Veterinary regulations India, 1925 -
Year: 1925
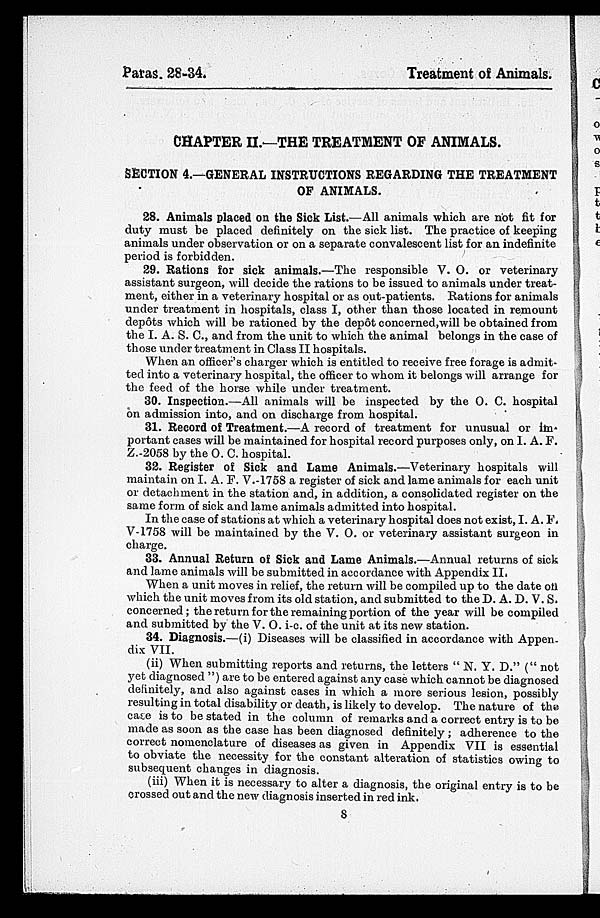
Paras.
28-34.
Treatment of Animals.
CHAPTER II.—THE TREATMENT OF ANIMALS.
SECTION 4.—GENERAL INSTRUCTIONS REGARDING THE TREATMENT
OF ANIMALS.
28. Animals placed on the Sick List.—All animals which are not fit for
duty must be placed definitely on the sick list. The practice of keeping
animals under observation or on a separate convalescent list for an indefinite
period is forbidden.
29. Rations for sick animals.—The responsible V. O. or veterinary
assistant surgeon, will decide the rations to be issued to animals under treat-
ment, either in a veterinary hospital or as out-patients. Rations for animals
under treatment in hospitals, class I, other than those located in remount
depôts which will be rationed by the depôt concerned,will be obtained from
the I. A. S. C., and from the unit to which the animal belongs in the case of
those under treatment in Class II hospitals.
When an officer's charger which is entitled to receive free forage is admit-
ted into a veterinary hospital, the officer to whom it belongs will arrange for
the feed of the horse while under treatment.
30. Inspection.—All animals will be inspected by the O. C. hospital
on admission into, and on discharge from hospital.
31. Record of Treatment.—A record of treatment for unusual or im-
portant cases will be maintained for hospital record purposes only, on I. A. F.
Z.-2058 by the O. C. hospital.
32. Register of Sick and Lame Animals.—Veterinary hospitals will
maintain on I. A. F. V.-1758 a register of sick and lame animals for each unit
or detachment in the station and, in addition, a consolidated register on the
same form of sick and lame animals admitted into hospital.
In the case of stations at which a veterinary hospital does not exist, I. A. F.
V-1758 will be maintained by the V. O. or veterinary assistant surgeon in
charge.
33. Annual Return of Sick and Lame Animals.—Annual returns of sick
and lame animals will be submitted in accordance with Appendix II.
When a unit moves in relief, the return will be compiled up to the date on
which the unit moves from its old station, and submitted to the D. A. D. V. S.
concerned; the return for the remaining portion of the year will be compiled
and submitted by the V. O. i-c. of the unit at its new station.
34. Diagnosis.—(i) Diseases will be classified in accordance with Appen-
dix VII.
(ii) When submitting reports and returns, the letters " N. Y. D." (" not
yet diagnosed ") are to be entered against any case which cannot be diagnosed
definitely, and also against cases in which a more serious lesion, possibly
resulting in total disability or death, is likely to develop. The nature of the
case is to be stated in the column of remarks and a correct entry is to be
made as soon as the case has been diagnosed definitely ; adherence to the
correct nomenclature of diseases as given in Appendix VII is essential
to obviate the necessity for the constant alteration of statistics owing to
subsequent changes in diagnosis.
(iii) When it is necessary to alter a diagnosis, the original entry is to be
crossed out and the new diagnosis inserted in red ink.
8